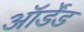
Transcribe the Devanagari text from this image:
ऑर्डेंड